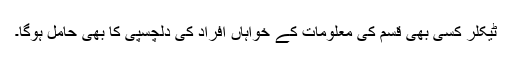
ٹیکلر کسی بھی قسم کی معلومات کے خواہاں افراد کی دلچسپی کا بھی حامل ہوگا۔